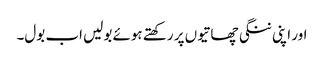
اور اپنی ننگی چھاتیوں پر رکھتے ہوئے بولیں اب بول۔